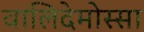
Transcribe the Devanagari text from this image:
वालिदेमोस्सा